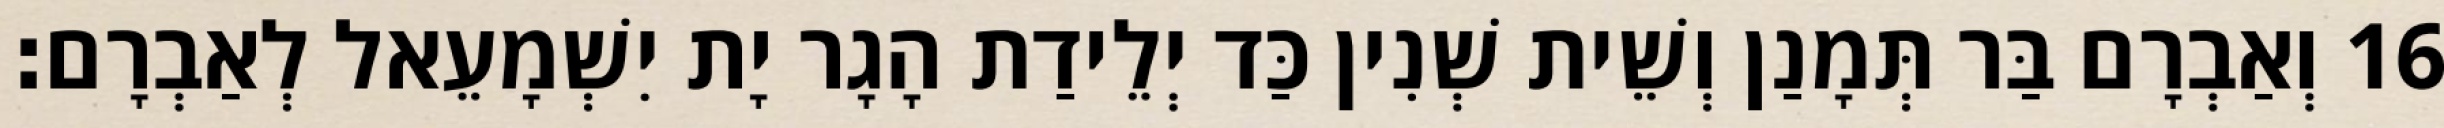
16 וְאַבְרָם בַּר תְּמָנַן וְשֵׁית שְׁנִין כַּד יְלֵידַת הָגָר יָת יִשְׁמָעֵאל לְאַבְרָם׃